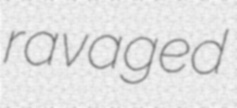
ravaged